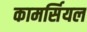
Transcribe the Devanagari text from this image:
कामर्सियल